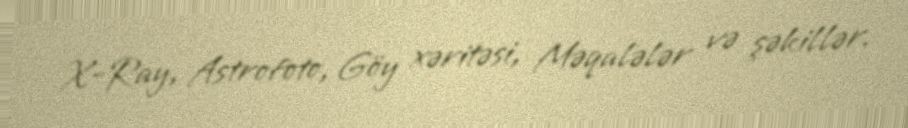
X-Ray, Astrofoto, Göy xəritəsi, Məqalələr və şəkillər.